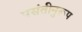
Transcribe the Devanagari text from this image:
पसंतीनुरूप